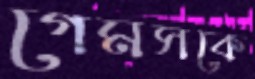
গেমসকে